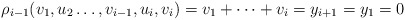
\begin{align*} \rho_{i-1}(v_1,u_2\ldots,v_{i-1},u_i,v_i)=v_1+\cdots+v_i=y_{i+1}=y_1=0 \end{align*}